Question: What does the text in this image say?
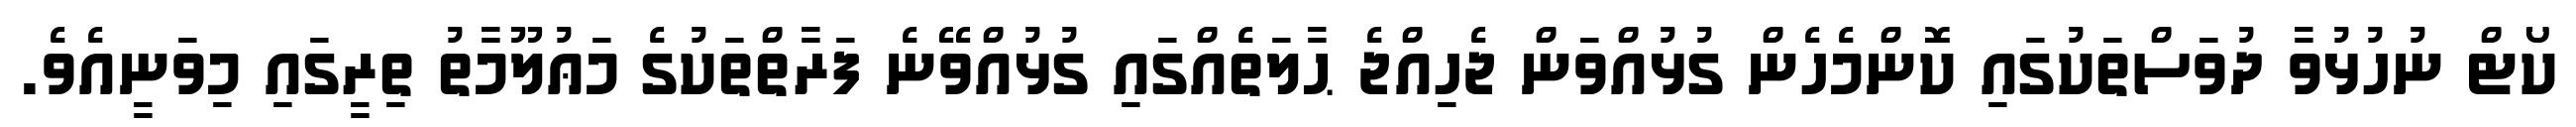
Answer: ކޯޓް ނުހުޅުވާ ދުވަސްތަކުގައި ކޮންމެހެން ގުޅުއްވަން ޖެހިއްޖެ ޙާލަތެއްގައި ގުޅުއްވޭނެ ފަރާތްތަކުގެ މަޢުލޫމާތު ތިރީގައި މިވަނީއެވެ.